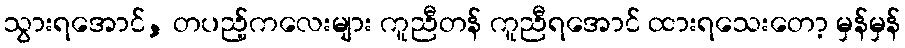
သွားရအောင်, တပည့်ကလေးများ ကူညီတန် ကူညီရအောင် ထားရသေးတော့ မှန်မှန်